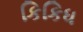
કિકિધ